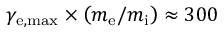
\gamma _ { \mathrm { e , m a x } } \times \left( m _ { \mathrm { e } } / m _ { \mathrm { i } } \right) \approx 3 0 0